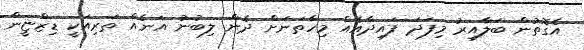
އެގޮތުން ބަލާއިރު މިފަދަ ފައިދާއެއް މިހާތަނަށް ދެން ލިބުނު އަނެއް ތަރިއަކީ ޑިޒްޏީން